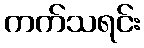
ကက်သရင်း